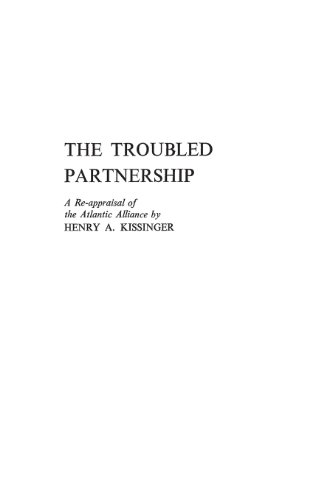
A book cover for The Troubled Partnership: A Re-Appraisal of the Atlantic Alliance; Henry A. Kissinger; Politics & Social Sciences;